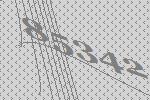
85342